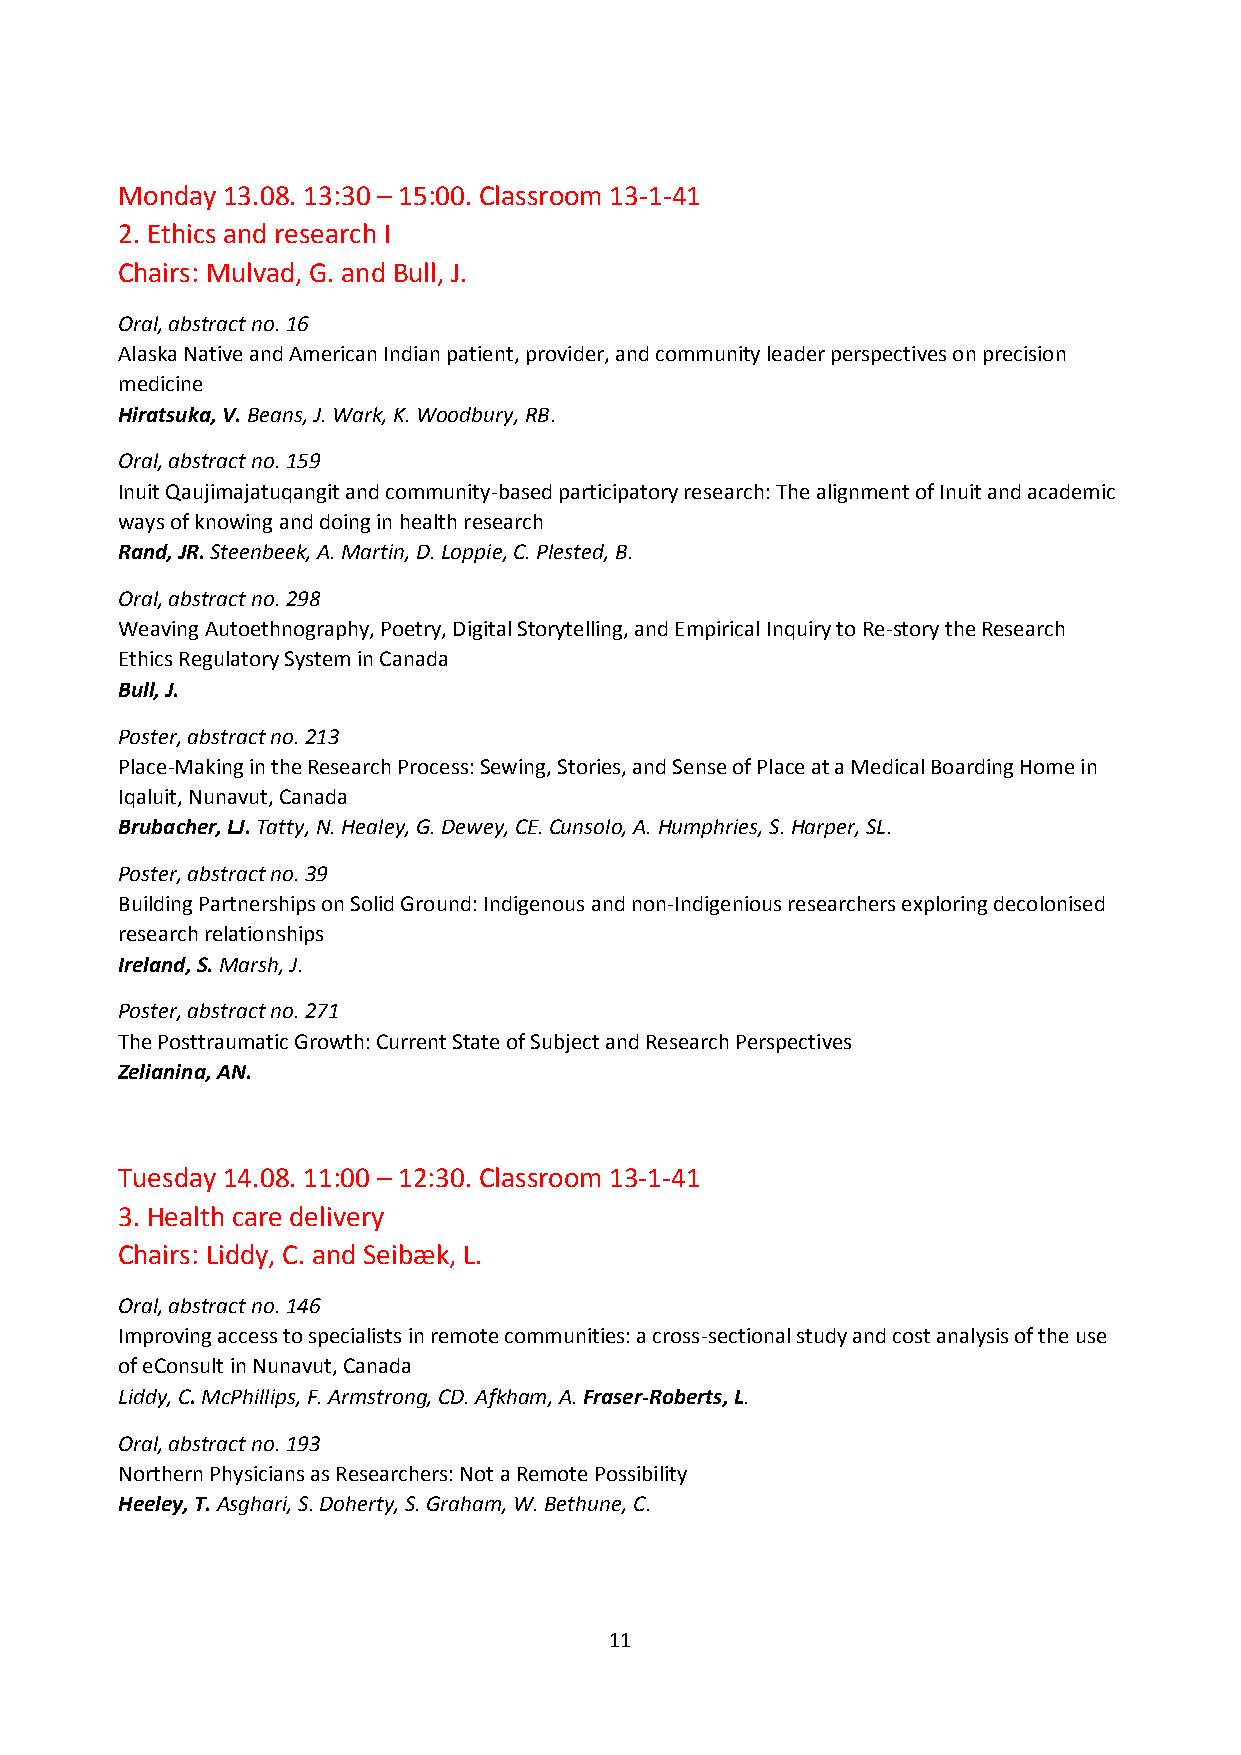
Monday 13.08. 13:30 – 15:00. Classroom 13-1-41
 2. Ethics and research I
 Chairs: Mulvad, G. and Bull, J.
 Oral, abstract no. 16
 Alaska Native and American Indian patient, provider, and community leader perspectives on precision
 medicine
 Hiratsuka, V. Beans, J. Wark, K. Woodbury, RB.
 Oral, abstract no. 159
 Inuit Qaujimajatuqangit and community-based participatory research: The alignment of Inuit and academic
 ways of knowing and doing in health research
 Rand, JR. Steenbeek, A. Martin, D. Loppie, C. Plested, B.
 Oral, abstract no. 298
 Weaving Autoethnography, Poetry, Digital Storytelling, and Empirical Inquiry to Re-story the Research
 Ethics Regulatory System in Canada
 Bull, J.
 Poster, abstract no. 213
 Place-Making in the Research Process: Sewing, Stories, and Sense of Place at a Medical Boarding Home in
 Iqaluit, Nunavut, Canada
 Brubacher, LJ. Tatty, N. Healey, G. Dewey, CE. Cunsolo, A. Humphries, S. Harper, SL.
 Poster, abstract no. 39
 Building Partnerships on Solid Ground: Indigenous and non-Indigenious researchers exploring decolonised
 research relationships
 Ireland, S. Marsh, J.
 Poster, abstract no. 271
 The Posttraumatic Growth: Current State of Subject and Research Perspectives
 Zelianina, AN.
 Tuesday 14.08. 11:00 – 12:30. Classroom 13-1-41
 3. Health care delivery
 Chairs: Liddy, C. and Seibæk, L.
 Oral, abstract no. 146
 Improving access to specialists in remote communities: a cross-sectional study and cost analysis of the use
 of eConsult in Nunavut, Canada
 Liddy, C. McPhillips, F. Armstrong, CD. Afkham, A. Fraser-Roberts, L.
 Oral, abstract no. 193
 Northern Physicians as Researchers: Not a Remote Possibility
 Heeley, T. Asghari, S. Doherty, S. Graham, W. Bethune, C.
 11